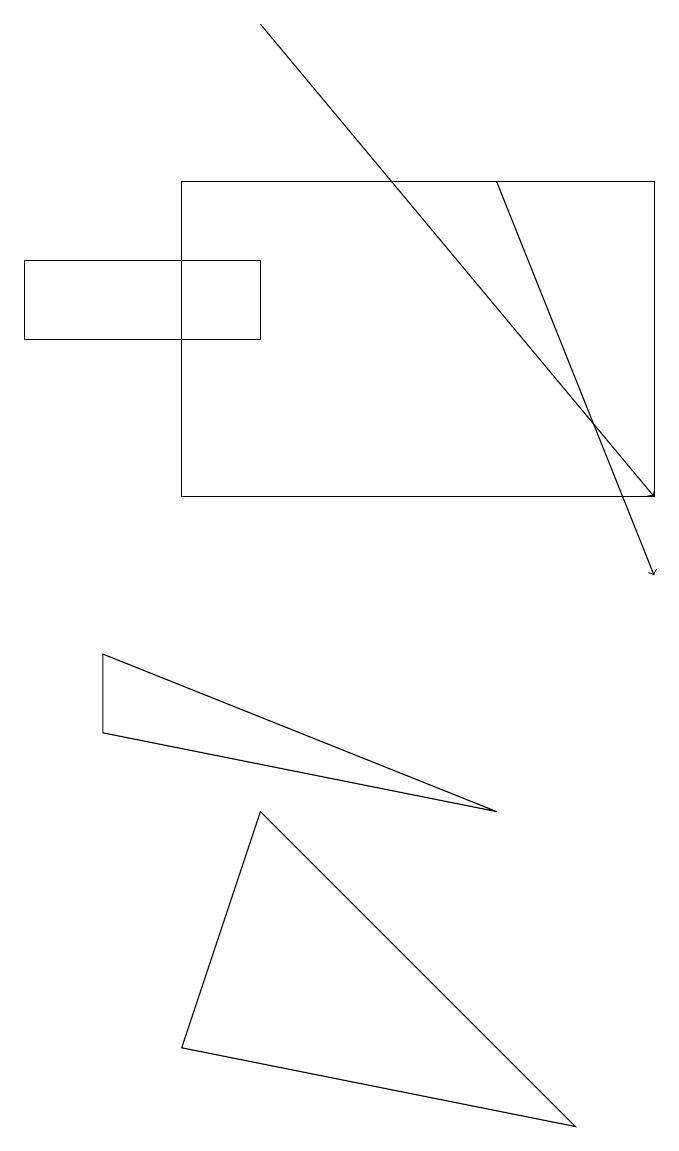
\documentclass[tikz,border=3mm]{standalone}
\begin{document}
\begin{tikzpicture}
\draw (4,7) -- (8,3) -- (3,4) -- cycle;
\draw (7,7) -- (2,8) -- (2,9) -- cycle;
\draw (9,15) rectangle (3,11);
\draw[->] (4,17) -- (9,11);
\draw (1,13) rectangle (4,14);
\draw[->] (7,15) -- (9,10);
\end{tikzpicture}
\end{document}